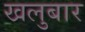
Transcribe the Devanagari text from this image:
खलुबार